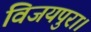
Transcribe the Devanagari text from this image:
विजयपुरा।